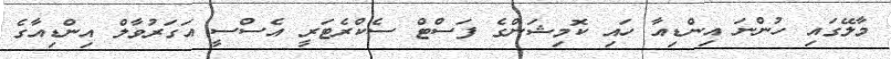
މާލޭގައި ހުންނަ އިންޑިއާ ހައި ކޮމިޝަންގެ ފަސްޓް ސެކްރެޓަރީ އެސްސީ އަގަރުވާލް އިންޑިއާގެ